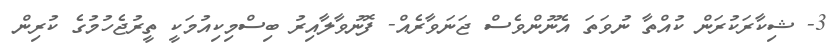
3- ޝިކާރަކުރަން ކުއްތާ ނުވަތަ އެނޫންވެސް ޖަނަވާރެއް- ފޮނުވާލާއިރު ބިސްމިކިއުމަކީ ތީރުޖެހުމުގެ ކުރިން